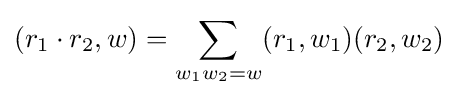
(r_{1}\cdot r_{2},w)=\sum _{w_{1}w_{2}=w}(r_{1},w_{1})(r_{2},w_{2})